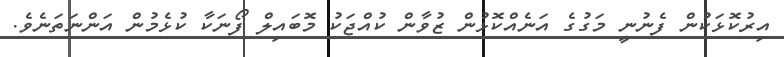
އިރުކޮޅަކުން ފެނުނީ މަގުގެ އަނެއްކޮޅުން ޒުވާން ކުއްޖަކު މޮބައިލް ފޯނަކާ ކުޅެމުން އަންނަތަނެވެ.